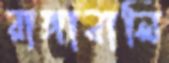
রাঙ্গাবালি